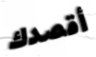
أقصدك